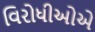
વિરોધીઓએ